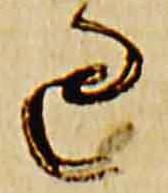
過